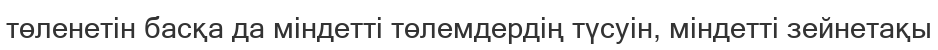
төленетін басқа да міндетті төлемдердің түсуін, міндетті зейнетақы